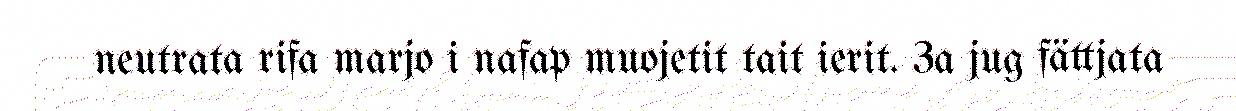
neutrata rifa marjo i nafap muojetit tait ierit. 3a jug fättjata